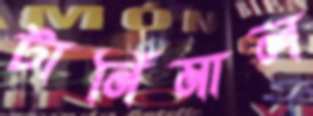
টার্নিমাল